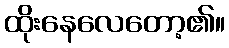
ထိုးနေလေတော့၏။